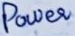
Text: Power